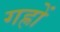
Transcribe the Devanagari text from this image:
गह्रों